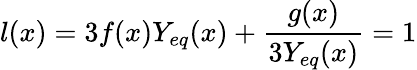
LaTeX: l(x)=3f(x)Y_{eq}(x)+\frac{g(x)}{3Y_{eq}(x)}=1